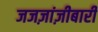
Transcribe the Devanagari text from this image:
जजज़ांज़ीबारी